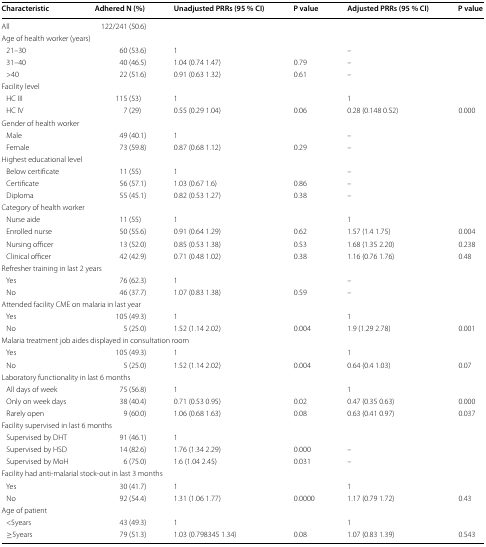
<table><thead><tr><td><b>Characteristic</b></td><td><b>Adhered N (%)</b></td><td><b>Unadjusted PRRs (95 % CI)</b></td><td><b>P value</b></td><td><b>Adjusted PRRs (95 % CI)</b></td><td><b>P value</b></td></tr></thead><tbody><tr><td>All</td><td>122/241 (50.6)</td><td></td><td></td><td></td><td></td></tr><tr><td colspan="6">Age of health worker (years)</td></tr><tr><td> 21–30</td><td>60 (53.6)</td><td>1</td><td></td><td>–</td><td></td></tr><tr><td> 31–40</td><td>40 (46.5)</td><td>1.04 (0.74 1.47)</td><td>0.79</td><td>–</td><td></td></tr><tr><td> &gt;40</td><td>22 (51.6)</td><td>0.91 (0.63 1.32)</td><td>0.61</td><td>–</td><td></td></tr><tr><td colspan="6">Facility level</td></tr><tr><td> HC III</td><td>115 (53)</td><td>1</td><td></td><td>1</td><td></td></tr><tr><td> HC IV</td><td>7 (29)</td><td>0.55 (0.29 1.04)</td><td>0.06</td><td>0.28 (0.148 0.52)</td><td>0.000</td></tr><tr><td colspan="6">Gender of health worker</td></tr><tr><td> Male</td><td>49 (40.1)</td><td>1</td><td></td><td>–</td><td></td></tr><tr><td> Female</td><td>73 (59.8)</td><td>0.87 (0.68 1.12)</td><td>0.29</td><td>–</td><td></td></tr><tr><td colspan="6">Highest educational level</td></tr><tr><td> Below certificate</td><td>11 (55)</td><td>1</td><td></td><td>–</td><td></td></tr><tr><td> Certificate</td><td>56 (57.1)</td><td>1.03 (0.67 1.6)</td><td>0.86</td><td>–</td><td></td></tr><tr><td> Diploma</td><td>55 (45.1)</td><td>0.82 (0.53 1.27)</td><td>0.38</td><td>–</td><td></td></tr><tr><td colspan="6">Category of health worker</td></tr><tr><td> Nurse aide</td><td>11 (55)</td><td>1</td><td></td><td>1</td><td></td></tr><tr><td> Enrolled nurse</td><td>50 (55.6)</td><td>0.91 (0.64 1.29)</td><td>0.62</td><td>1.57 (1.4 1.75)</td><td>0.004</td></tr><tr><td> Nursing officer</td><td>13 (52.0)</td><td>0.85 (0.53 1.38)</td><td>0.53</td><td>1.68 (1.35 2.20)</td><td>0.238</td></tr><tr><td> Clinical officer</td><td>42 (42.9)</td><td>0.71 (0.48 1.02)</td><td>0.38</td><td>1.16 (0.76 1.76)</td><td>0.48</td></tr><tr><td colspan="6">Refresher training in last 2 years</td></tr><tr><td> Yes</td><td>76 (62.3)</td><td>1</td><td></td><td>–</td><td></td></tr><tr><td> No</td><td>46 (37.7)</td><td>1.07 (0.83 1.38)</td><td>0.59</td><td>–</td><td></td></tr><tr><td colspan="6">Attended facility CME on malaria in last year</td></tr><tr><td> Yes</td><td>105 (49.3)</td><td>1</td><td></td><td>1</td><td></td></tr><tr><td> No</td><td>5 (25.0)</td><td>1.52 (1.14 2.02)</td><td>0.004</td><td>1.9 (1.29 2.78)</td><td>0.001</td></tr><tr><td colspan="6">Malaria treatment job aides displayed in consultation room</td></tr><tr><td> Yes</td><td>105 (49.3)</td><td>1</td><td></td><td>1</td><td></td></tr><tr><td> No</td><td>5 (25.0)</td><td>1.52 (1.14 2.02)</td><td>0.004</td><td>0.64 (0.4 1.03)</td><td>0.07</td></tr><tr><td colspan="6">Laboratory functionality in last 6 months</td></tr><tr><td> All days of week</td><td>75 (56.8)</td><td>1</td><td></td><td>1</td><td></td></tr><tr><td> Only on week days</td><td>38 (40.4)</td><td>0.71 (0.53 0.95)</td><td>0.02</td><td>0.47 (0.35 0.63)</td><td>0.000</td></tr><tr><td> Rarely open</td><td>9 (60.0)</td><td>1.06 (0.68 1.63)</td><td>0.08</td><td>0.63 (0.41 0.97)</td><td>0.037</td></tr><tr><td colspan="6">Facility supervised in last 6 months</td></tr><tr><td> Supervised by DHT</td><td>91 (46.1)</td><td>1</td><td></td><td></td><td></td></tr><tr><td> Supervised by HSD</td><td>14 (82.6)</td><td>1.76 (1.34 2.29)</td><td>0.000</td><td>–</td><td></td></tr><tr><td> Supervised by MoH</td><td>6 (75.0)</td><td>1.6 (1.04 2.45)</td><td>0.031</td><td>–</td><td></td></tr><tr><td colspan="6">Facility had anti-malarial stock-out in last 3 months</td></tr><tr><td> Yes</td><td>30 (41.7)</td><td>1</td><td></td><td>1</td><td></td></tr><tr><td> No</td><td>92 (54.4)</td><td>1.31 (1.06 1.77)</td><td>0.0000</td><td>1.17 (0.79 1.72)</td><td>0.43</td></tr><tr><td colspan="6">Age of patient</td></tr><tr><td> &lt;5years</td><td>43 (49.3)</td><td>1</td><td></td><td>1</td><td></td></tr><tr><td> ≥5years</td><td>79 (51.3)</td><td>1.03 (0.798345 1.34)</td><td>0.08</td><td>1.07 (0.83 1.39)</td><td>0.543</td></tr></tbody></table>